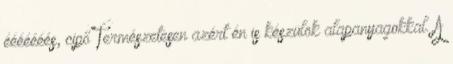
ééééééés, cipő Természetesen azért én is készülök alapanyagokkal. A